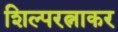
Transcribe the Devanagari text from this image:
शिल्परत्नाकर